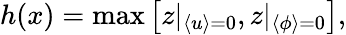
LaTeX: \begin{array}{r}{h(x)=\operatorname*{max}\left[z|_{\langle u\rangle=0},z|_{\langle\phi\rangle=0}\right],}\end{array}